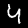
Digit: 4